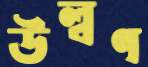
উল্বণ